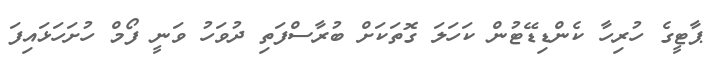
ޕާޓީގެ ހުރިހާ ކެންޑިޑޭޓުން ކަހަލަ ގޮތަކަށް ބުރާސްފަތި ދުވަހު ވަނީ ފޯމް ހުށަހަޅައިފަ